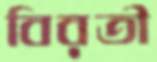
বিরতী